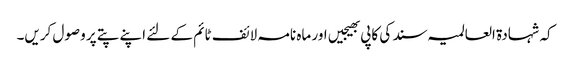
کہ شہادۃ العالمیہ سند کی کاپی بھیجیں اور ماہ نامہ لائف ٹائم کے لئے اپنے پتے پر وصول کریں۔